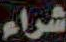
شراء